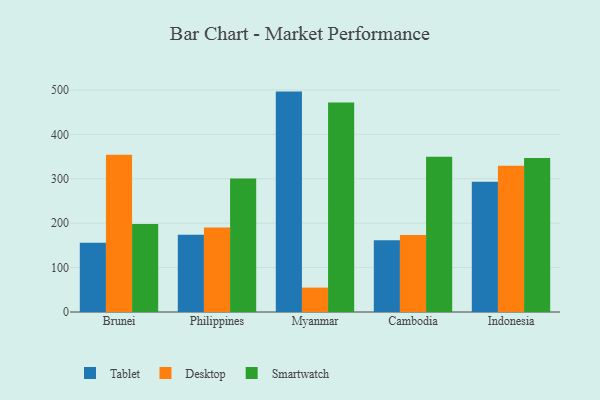
{"axis": {"x": "Country", "y": "Operating Costs (USD K)"}, "legend": ["Desktop", "Smartwatch", "Tablet"], "data": [{"x": "Brunei", "y": 155.8, "type": "Tablet"}, {"x": "Brunei", "y": 354.1, "type": "Desktop"}, {"x": "Brunei", "y": 198.4, "type": "Smartwatch"}, {"x": "Philippines", "y": 174.2, "type": "Tablet"}, {"x": "Philippines", "y": 190.4, "type": "Desktop"}, {"x": "Philippines", "y": 300.5, "type": "Smartwatch"}, {"x": "Myanmar", "y": 496.3, "type": "Tablet"}, {"x": "Myanmar", "y": 55.0, "type": "Desktop"}, {"x": "Myanmar", "y": 471.9, "type": "Smartwatch"}, {"x": "Cambodia", "y": 161.4, "type": "Tablet"}, {"x": "Cambodia", "y": 173.6, "type": "Desktop"}, {"x": "Cambodia", "y": 349.5, "type": "Smartwatch"}, {"x": "Indonesia", "y": 293.5, "type": "Tablet"}, {"x": "Indonesia", "y": 329.4, "type": "Desktop"}, {"x": "Indonesia", "y": 346.6, "type": "Smartwatch"}]}